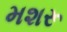
મશરૂ